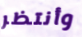
وأنتظر